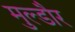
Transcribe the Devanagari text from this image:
मुल्डौर